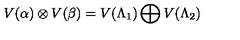
V ( \alpha ) \otimes V ( \beta ) = V ( \Lambda _ { 1 } ) \bigoplus V ( \Lambda _ { 2 } )